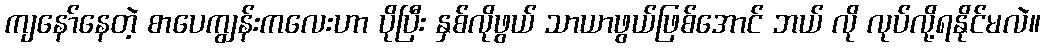
ကျနော်နေတဲ့ စာပေကျွန်းကလေးဟာ ပိုပြီး နှစ်လိုဖွယ် သာယာဖွယ်ဖြစ်အောင် ဘယ် လို လုပ်လို့ရနိုင်မလဲ။